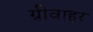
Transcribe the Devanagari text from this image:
ग्रीवाहर